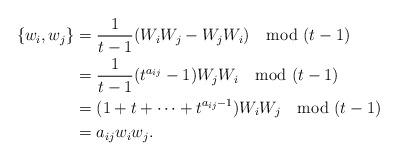
LaTeX: \begin{align*}\{w_i,w_j\} &= \frac{1}{t-1}(W_iW_j - W_jW_i) \mod (t-1) \\&= \frac{1}{t-1}(t^{a_{ij}}-1)W_jW_i \mod (t-1)\\&= (1 + t + \dots + t^{a_{ij}-1})W_iW_j \mod (t-1) \\&= a_{ij}w_iw_j.\end{align*}